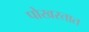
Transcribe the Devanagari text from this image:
पोखरतात